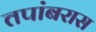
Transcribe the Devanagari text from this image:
तपांबरास